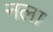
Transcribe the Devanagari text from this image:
नला